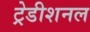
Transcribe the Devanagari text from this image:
ट्रेडीशनल